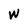
Character: W